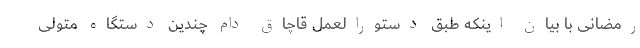
رمضانی با بیان اینکه طبق دستورالعمل قاچاق دام چندین دستگاه متولی